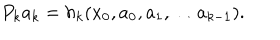
LaTeX: P _ { k } a _ { k } = h _ { k } ( x _ { 0 } , a _ { 0 } , a _ { 1 } , \dots a _ { k - 1 } ) .